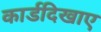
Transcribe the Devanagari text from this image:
कार्डदिखाए